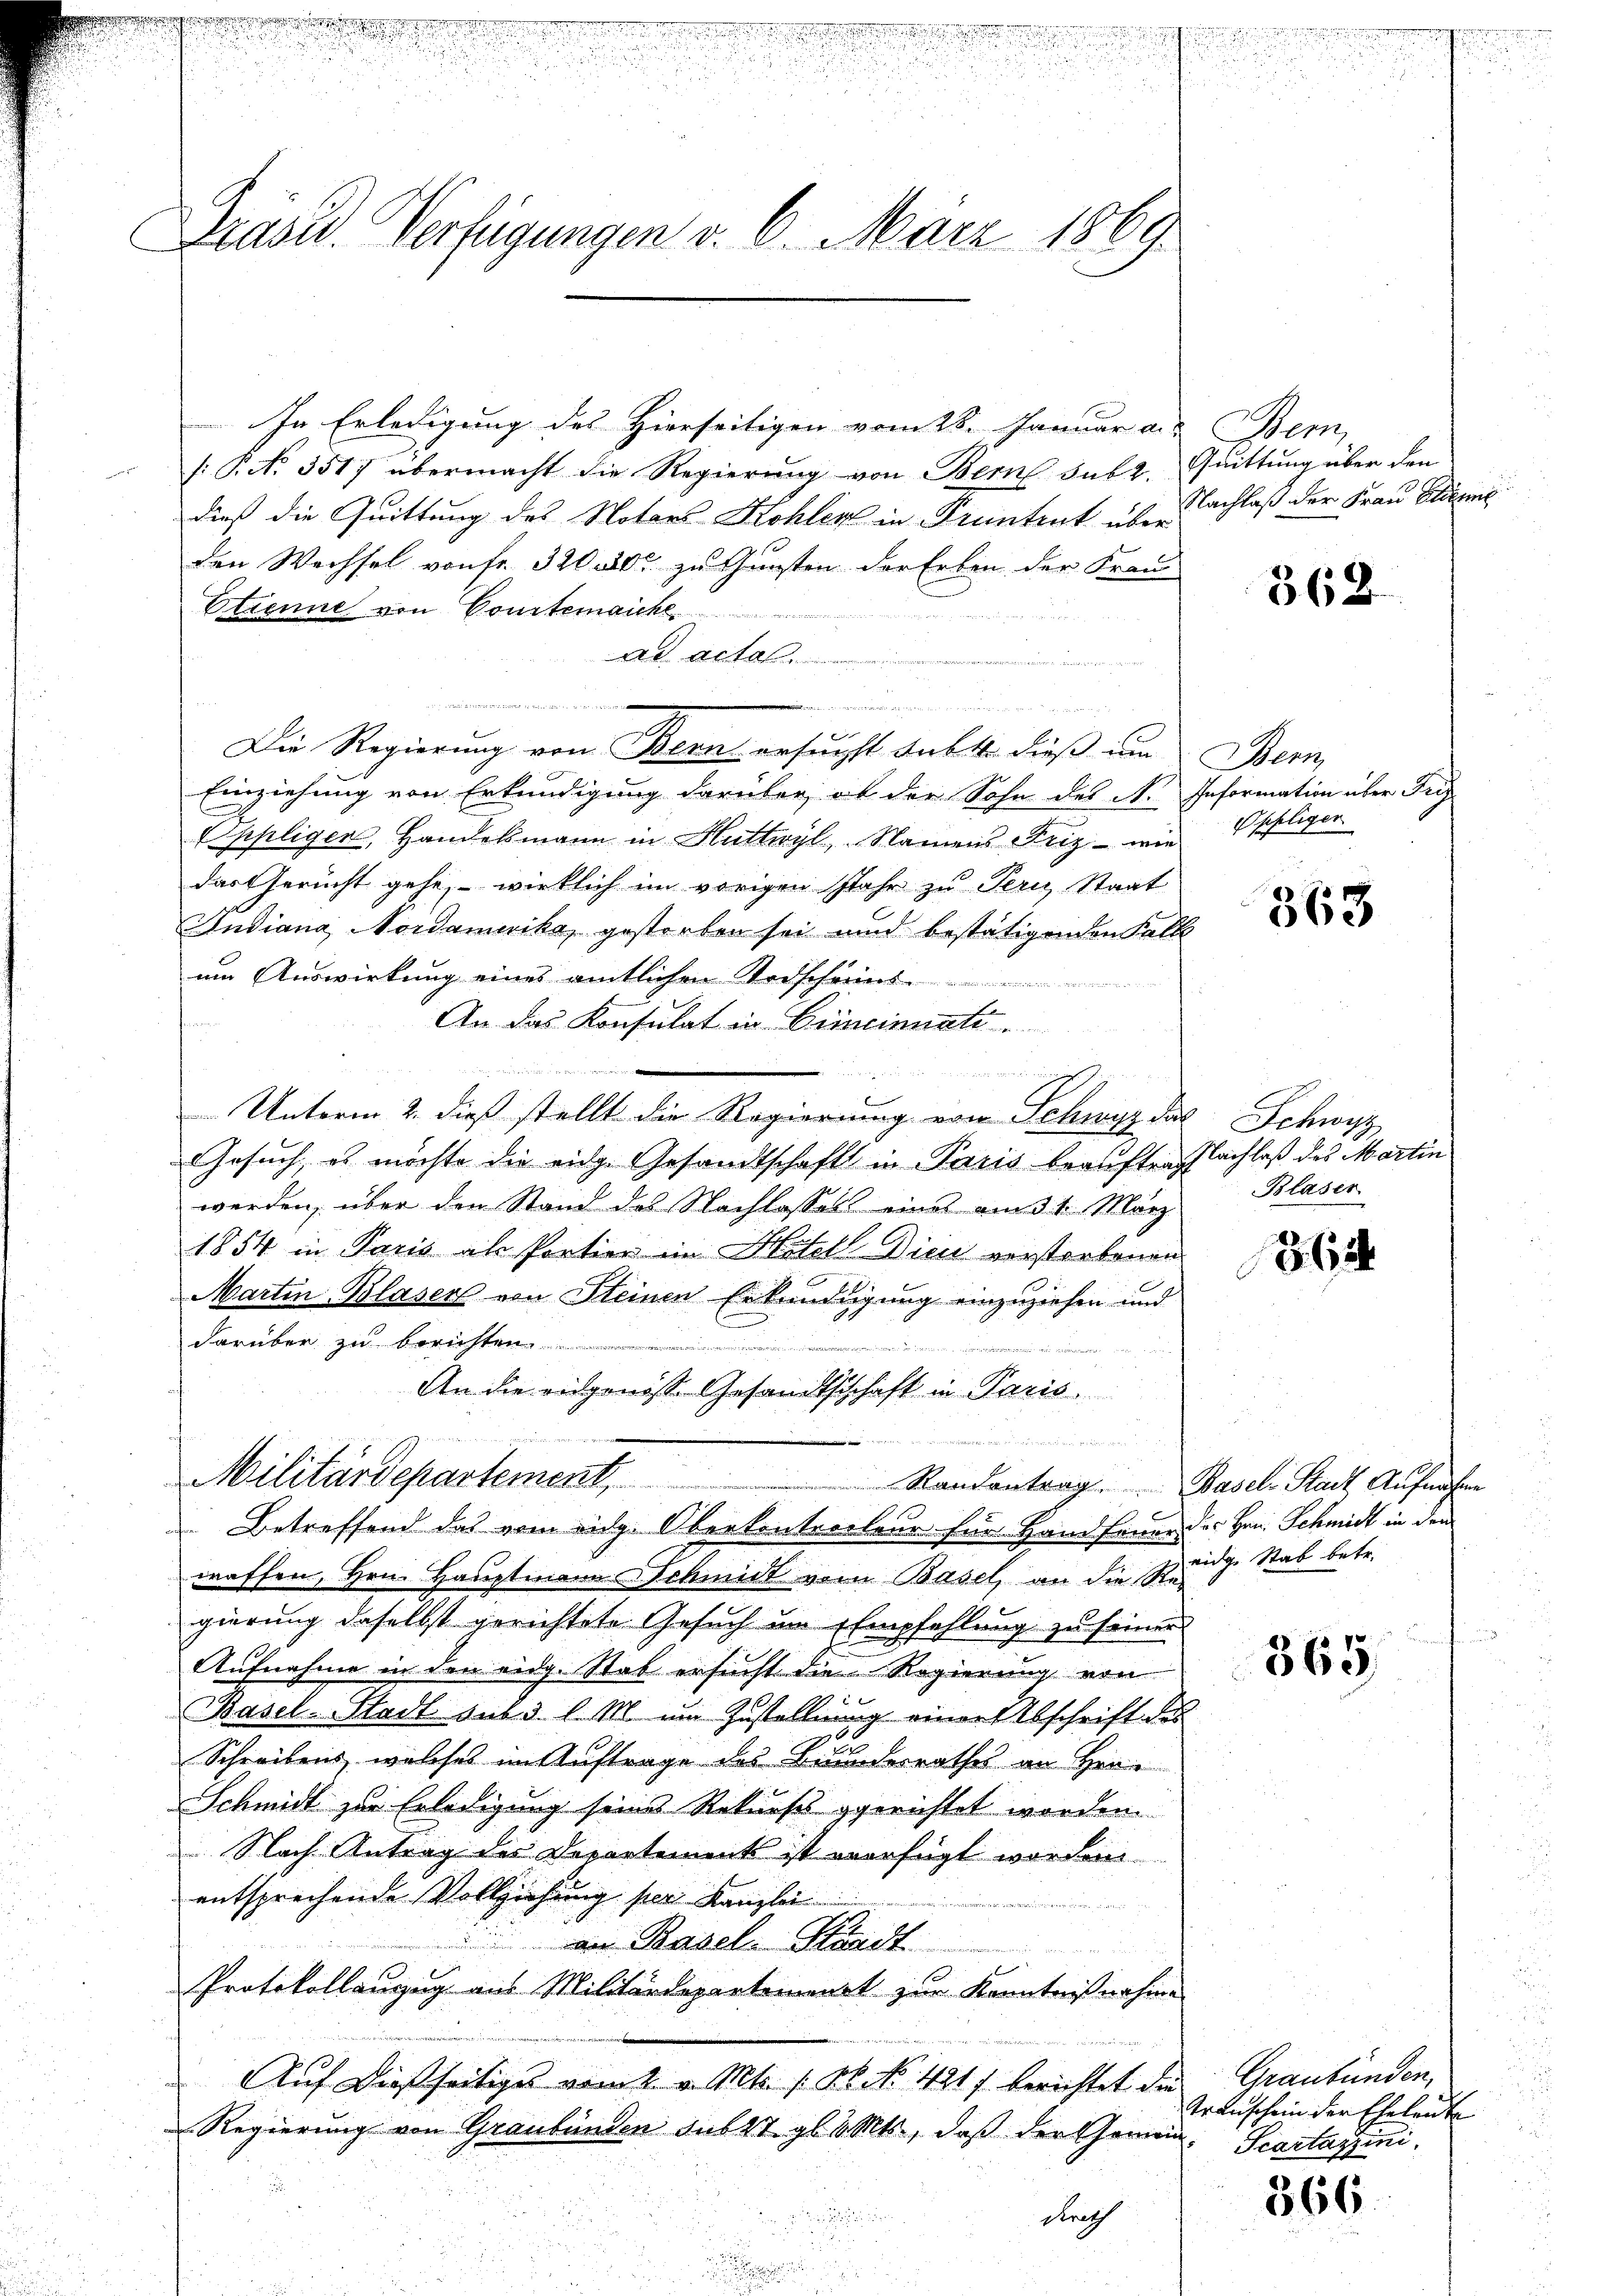
u

.
Präsid. Verfügungen v. 6. März 1869

In Erledigung des Hierseitigen vom 28. Januar a. Bern
/: P. N. 3517 übermacht die Regierung von Bern sub 2.
dieß die Quittung des Notars Kohler in Krentent überachlaß der Frau Eldene
den Wechsel von fr. 32000 zu Gunsten der Erben der Frau
Etienne von Courtenaiche

Ad Acta
e

Die Regierung von Bern ersucht subt dieß um
Einziehung von Erkundigung darüber, ob der Sohn des A.
Oppliger, Handelsmann in Huttwyl, Namens Friz - wie Opfliger
darthericht gehe, wirklich im vorigen Jahr zu Tern Staat
Andiana, Nordamerika, gestorben sei und bestätigenden Kell
um Auswirkung eines amtlichen Todsch
An das Konsulat in Cincinnate.
m
Unterm 2. dieß stellt die Regierung von Schwyz das Schwyz
Gesuch, es möchte die eidg. Gesandtschaft in Paris beauftrafsachlaß des Martin
werden, über den Stand des Nachlasses eine am 31. März
1854 in Paris als Portier im Hotell dien verstorbenen
Martin Blaser von Steinen Erkundigung einzuziehen und
darüber zu berichten
ii hier den der wie Juristen
An die eidgeniss Gesandtschhaft in Paris

Militärdepartement
Standentrag. Basel Stadt Aufnahme
A
Betreffend das vom eidg. Oberkontroleur für Hand Feuer des Hrn. Schmidt in den
waffen, Hrn. Hauptmann Schmidt vom Basel, an die Zuge Stab betr.
gierung daselbst gerichtete Gesuch im Empfehlung zu seinen
Aufnahme in den eidg. Stab ersucht die Regierung von
Basel-Stadt sub d. l. M. um Zustellung einer Abschrift des
Schreibens, welches im Auftrage des Bunderrathes an Hei¬
Schmidt zur Erledigung seine Rekurses gerichtet worden.
 Nach Antrag der Departement ist verfügt worden
entsprechende Vollziehung per Kanzlei
an Basel. Handt
Protokollanzug aus Militärdepartement zur Kenntnißnahme
Auf dießseitiges vom 2. v. Mts. 126. No. 491) berichtet die Graubünden,
Regierung von Graubünden sub 27. gl. d. Mts., daß der Gemein¬
Kerech
e

Quittung über den

t

362

Bern,
Information über Pri

363

Blaser

862

365

Transchein der Eheleute
Scartazzini

366.